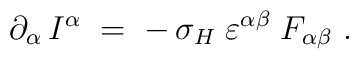
\partial_\alpha\,I^\alpha \;=\; -\, \sigma_H\;\varepsilon^{\alpha\beta}\;F_{\alpha\beta}~.